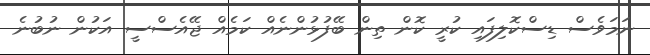
ނަމަވެސް ޑިސްކޮލިފައި ކުރީ ކޮން ތިން ބޭފުޅުންނެއް ކަމެއް ޖޭއެސްސީ އަކުން ނުބުނެ